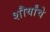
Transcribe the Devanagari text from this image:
शौर्यांचे